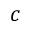
c